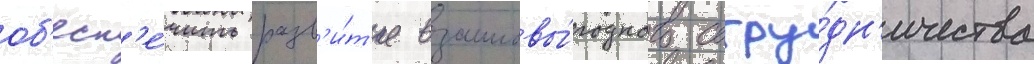
об'есп'е́чить разв'и́т'ие взаимовы́годного сотру́дн'ичества